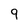
Character: 9